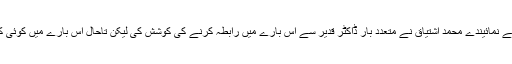
اسلام آباد میں وی او اے کے نمائیندے محمد اشتیاق نے متعدد بار ڈاکٹر قدیر سے اس بارے میں رابطہ کرنے کی کوشش کی لیکن تاحال اس بارے میں کوئی کامیابی حاصل نہ ہو سکی۔